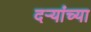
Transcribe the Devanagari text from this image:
दऱ्यांच्या